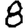
Digit: 8